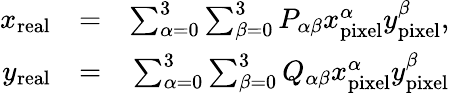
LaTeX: \begin{array}{rlr}{x_{\mathrm{real}}}&{=}&{\sum_{\alpha=0}^{3}\sum_{\beta=0}^{3}P_{\alpha\beta}x_{\mathrm{pixel}}^{\alpha}y_{\mathrm{pixel}}^{\beta},}\\ {y_{\mathrm{real}}}&{=}&{\sum_{\alpha=0}^{3}\sum_{\beta=0}^{3}Q_{\alpha\beta}x_{\mathrm{pixel}}^{\alpha}y_{\mathrm{pixel}}^{\beta}}\end{array}